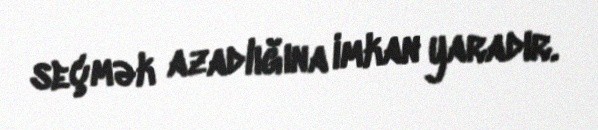
seçmək azadlığına imkan yaradır.